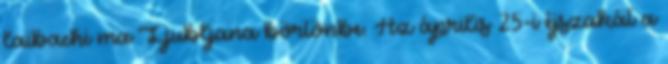
laibachi ma Ljubljana börtönbe. Az április 25-i éjszakát a